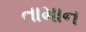
તામાન